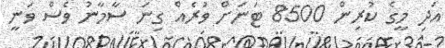
އަދި މީގެ ކުރިން 8500 ޓަނަށް ވުރެއް ގިނަ ސާމާނު ވެސް ވަނީ